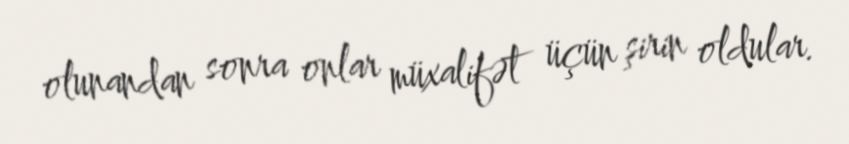
olunandan sonra onlar müxalifət üçün şirin oldular.